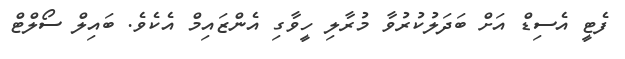
ފެޓީ އެސިޑް އަށް ބަދަލުކުރުވާ މުރާލި ހީވާގި އެންޒައިމް އެކެވެ. ބައިލް ސޯލްޓް